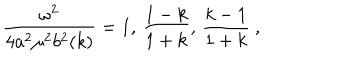
{ \frac { \omega ^ { 2 } } { 4 a ^ { 2 } \mu ^ { 2 } b ^ { 2 } ( k ) } } = 1 , \, { \frac { 1 - k } { 1 + k } } , \, { \frac { k - 1 } { 1 + k } } ~ ,